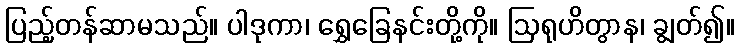
ပြည့်တန်ဆာမသည်။ ပါဒုကာ၊ ရွှေခြေနင်းတို့ကို။ ဩရုဟိတွာန၊ ချွတ်၍။